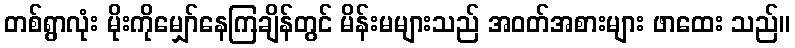
တစ်ရွာလုံး မိုးကိုမျှော်နေကြချိန်တွင် မိန်းမများသည် အဝတ်အစားများ ဖာထေး သည်။